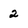
Character: 2